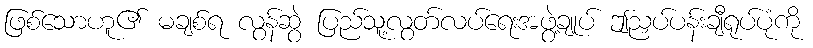
ဖြစ်သောဟူ၏ မချစ်ရ လွန်ဆွဲ ပြည်သူ့လွတ်လပ်ရေးအဖွဲ့ချုပ် ဤညှပ်ပန်းချီရုပ်ပုံကို